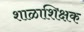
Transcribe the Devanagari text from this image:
शाळाशिक्षक